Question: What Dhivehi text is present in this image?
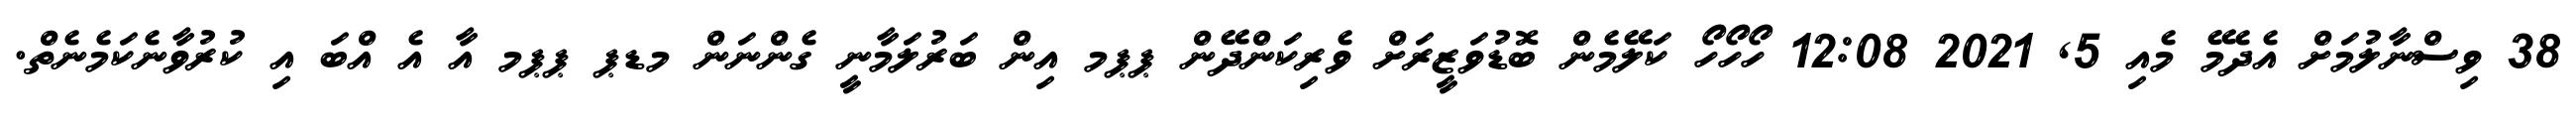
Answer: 38 ވިސްނާލުމަށް އެދެމޭ މެއި 5, 2021 12:08 ހޯހޯހޯ ކަލޭމެން ބޮޑުވަޒީރަށް ވެރިކަންދޭން ޕޕމ އިން ބަރުލަމާނީ ގެންނަން މޑޕ ޕޕމ އާ އެ އްބަ އި ކުރުވާނެކަމެނެތް.